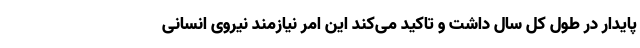
پایدار در طول کل سال داشت و تاکید می‌کند این امر نیازمند نیروی انسانی